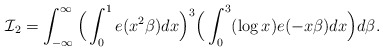
\begin{align*}\mathcal{I}_2=\int_{-\infty}^{\infty}\Big(\int_0^1e(x^2\beta)dx\Big)^3\Big(\int_0^3(\log x)e(-x\beta)dx\Big)d\beta.\end{align*}